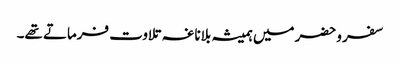
سفر وحضر میں ہمیشہ بلاناغہ تلاوت فرماتے تھے۔